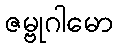
ဇမ္ဗုဂါမော